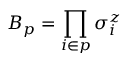
B _ { p } = \prod _ { i \in p } \sigma _ { i } ^ { z }